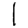
Digit: 1